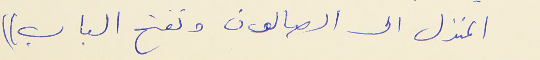
المنزل الى الصالون وتفتح الباب ))